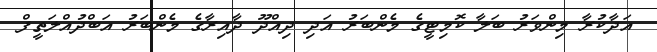
އަދާކުރާ މިންވަރު ބަލާ ކޮމިޓީގެ މެންބަރު އަދި ދިއްދޫ ދާއިރާގެ މެންބަރު އަބްދުއްލަތީފް